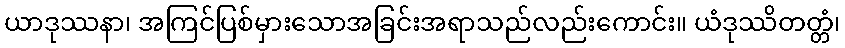
ယာဒုဿနာ၊ အကြင်ပြစ်မှားသောအခြင်းအရာသည်လည်းကောင်း။ ယံဒုဿိတတ္တံ၊